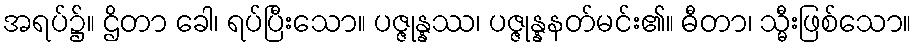
အရပ်၌။ ဌိတာ ခေါ၊ ရပ်ပြီးသော။ ပဇ္ဇုန္နဿ၊ ပဇ္ဇုန္နနတ်မင်း၏။ ဓီတာ၊ သ္မီးဖြစ်သော။